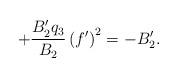
LaTeX: \begin{align*}+\frac{B_{2}^{\prime }q_{3}}{B_{2}}\left( f^{\prime }\right)^{2}=-B_{2}^{\prime }. \end{align*}